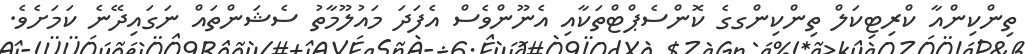
ތިންކިންއާ ކްރިޓިކަލް ތިންކިންގގެ ކޮންސެޕްޓްތަކާއި އެނޫންވެސް އެފަދަ މައުލޫމާތު ސެޝަންތައް ނަގައިދޭނެ ކަމަށެވެ.